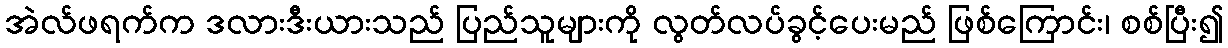
အဲလ်ဖရက်က ဒလားဒီးယားသည် ပြည်သူများကို လွတ်လပ်ခွင့်ပေးမည် ဖြစ်ကြောင်း၊ စစ်ပြီး၍